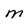
Character: M